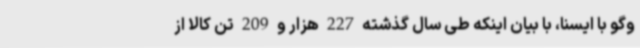
وگو با ایسنا، با بیان اینکه طی سال گذشته 227 هزار و 209 تن کالا از